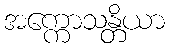
အက္ကောသန္တိယာ